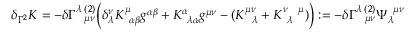
\delta _ { \Gamma ^ { 2 } } K = - \delta \Gamma _ { \; \; \; \mu \nu } ^ { \lambda \; ( 2 ) } \Big ( \delta _ { \lambda } ^ { \nu } K _ { \; \; \alpha \beta } ^ { \mu } g ^ { \alpha \beta } + K _ { \; \; \lambda \alpha } ^ { \alpha } g ^ { \mu \nu } - ( K _ { \; \; \; \lambda } ^ { \mu \nu } + K _ { \; \; \lambda } ^ { \nu \; \; \; \; \mu } ) \Big ) : = - \delta \Gamma _ { \; \; \; \mu \nu } ^ { \lambda \; ( 2 ) } \Psi _ { \lambda } ^ { \; \; \mu \nu }